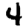
Digit: 4